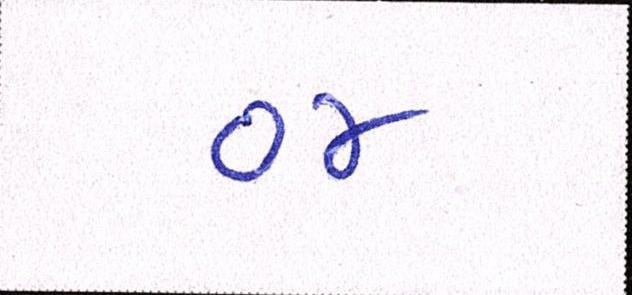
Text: ૦૪